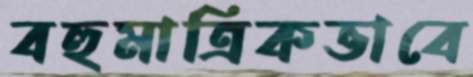
বহুমাত্রিকভাবে